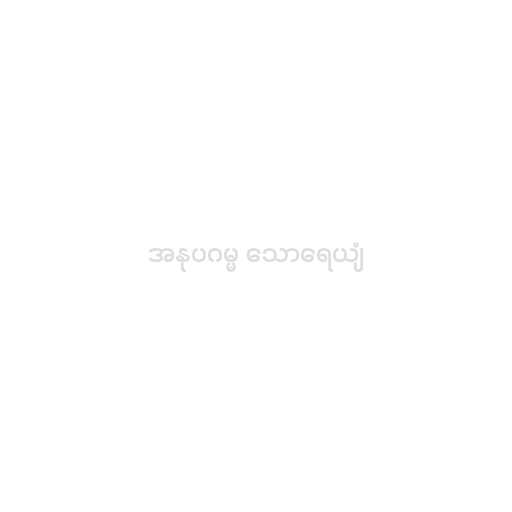
အနုပဂမ္မ သောရေယျံ